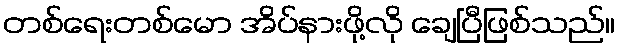
တစ်ရေးတစ်မော အိပ်နားဖို့လို ချေပြီဖြစ်သည်။